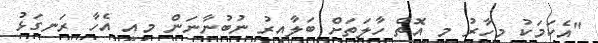
"އެކަމަކު މިހާރު މި އޮތް ހާލަތަށް ބަލާއިރު ނުބުނާނަން މިއީ އެހާ ރަނގަޅު